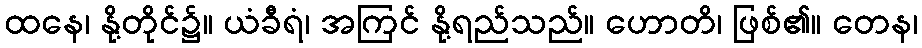
ထနေ၊ နို့တိုင်၌။ ယံခီရံ၊ အကြင် နို့ရည်သည်။ ဟောတိ၊ ဖြစ်၏။ တေန၊